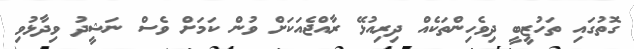
ގޮތުގައި ތަހުޒީބީ ދިވެހިންތަކެއް ދިރިއުޅޭ ރާއްޖެއަކަށް ވުން ކަމަށް ވެސް ނަޝީދު ވިދާޅުވި